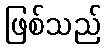
ဖြစ်သည်